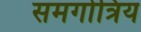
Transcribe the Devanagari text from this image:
समगोत्रिय